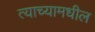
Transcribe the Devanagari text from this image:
त्याच्यामधील